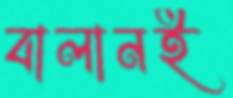
বালানই